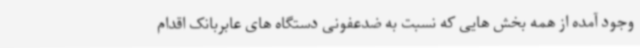
وجود آمده از همه بخش هایی که نسبت به ضدعفونی دستگاه های عابربانک اقدام